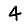
Digit: 4